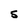
Character: 5